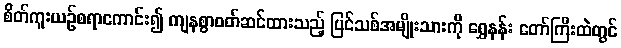
စိတ်ကူးယဉ်စရာကောင်း၍ ကျနစွာဝတ်ဆင်ထားသည့် ပြင်သစ်အမျိုးသားကို ရွှေနန်း တော်ကြီးထဲတွင်